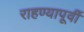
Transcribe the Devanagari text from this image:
राहण्यापूर्वी